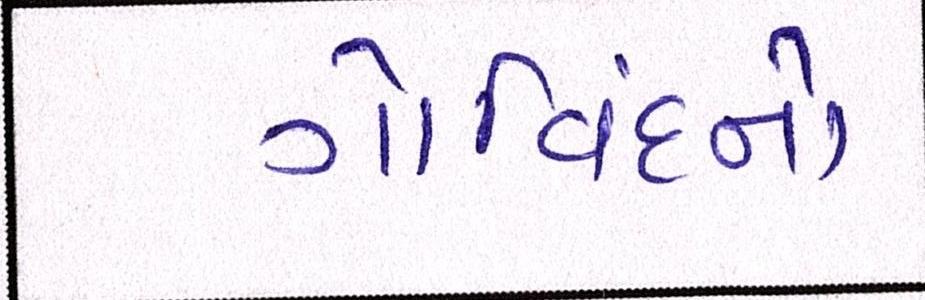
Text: ગોવિંદનો